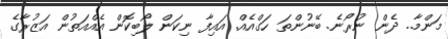
މަންމާ.. ދެން ނުރޯނެ. ބޭނުންތަ ހަގްއެއް. އައިފާ ނިކަން ލޯބިކޮން އެއްއަތުން އަޒުރާގެ